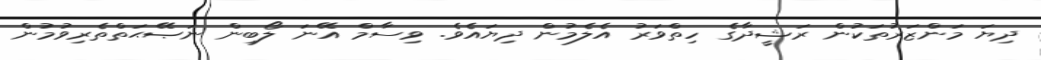
ދިޔަ މަންޒަރުތަކުން ރަޝީދާގެ ހިތްވަރު އެލެމުން ދިޔައެވެ. ވިސާމް އޭނަ ލޯބިން ނަޞޭޙަތްތެރިވުމުން